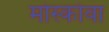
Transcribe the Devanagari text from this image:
मोस्कोवा